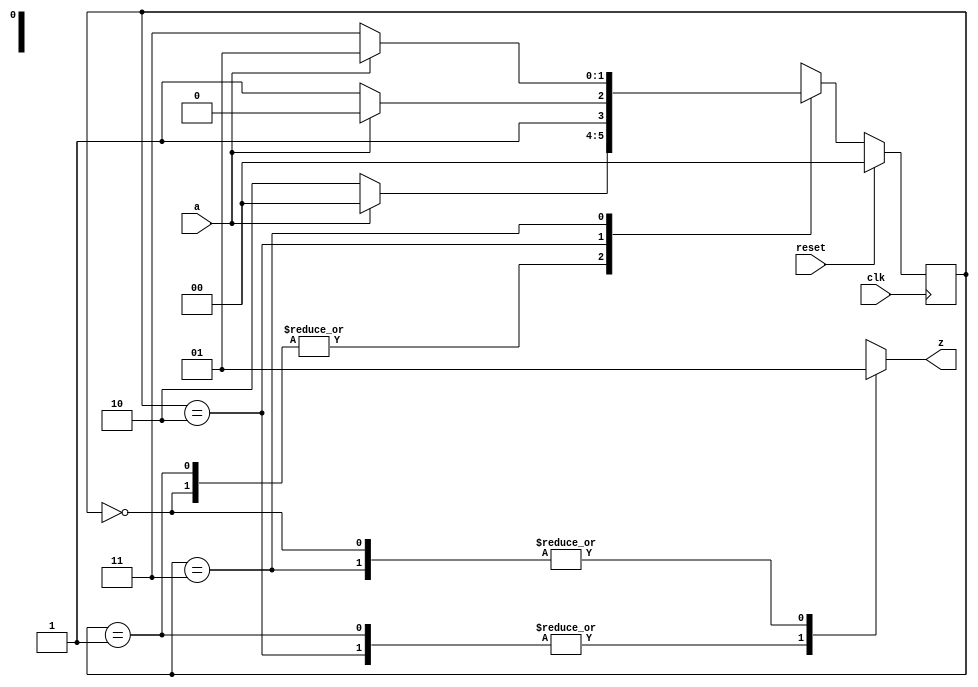
// Copyright 2003 Star Galaxy Publishing

module moore2 (a, clk, reset,  z);
  parameter s0 = 0, s1=1, s2=2, s3=3;

  input a, clk, reset;

  output z;
  reg z;

  reg [1:0] moore_state;

  always @(posedge clk)
    if (reset)
      moore_state = s0;
    else
      case (moore_state)
        s0: begin moore_state = a ? s0 : s2; end
        s1: begin moore_state = a? s0: s2; end
        s2: begin moore_state = a ? s2 : s3; end
        s3: begin moore_state = a ? s1 : s3; end
      endcase

  always @(moore_state)
      case (moore_state)
        s0: begin z = 1; end
        s1: begin z = 0; end
        s2: begin z = 0; end
        s3: begin z = 1; end
      endcase
endmodule